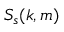
S _ { s } ( k , m )